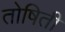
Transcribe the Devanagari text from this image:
तोषिती